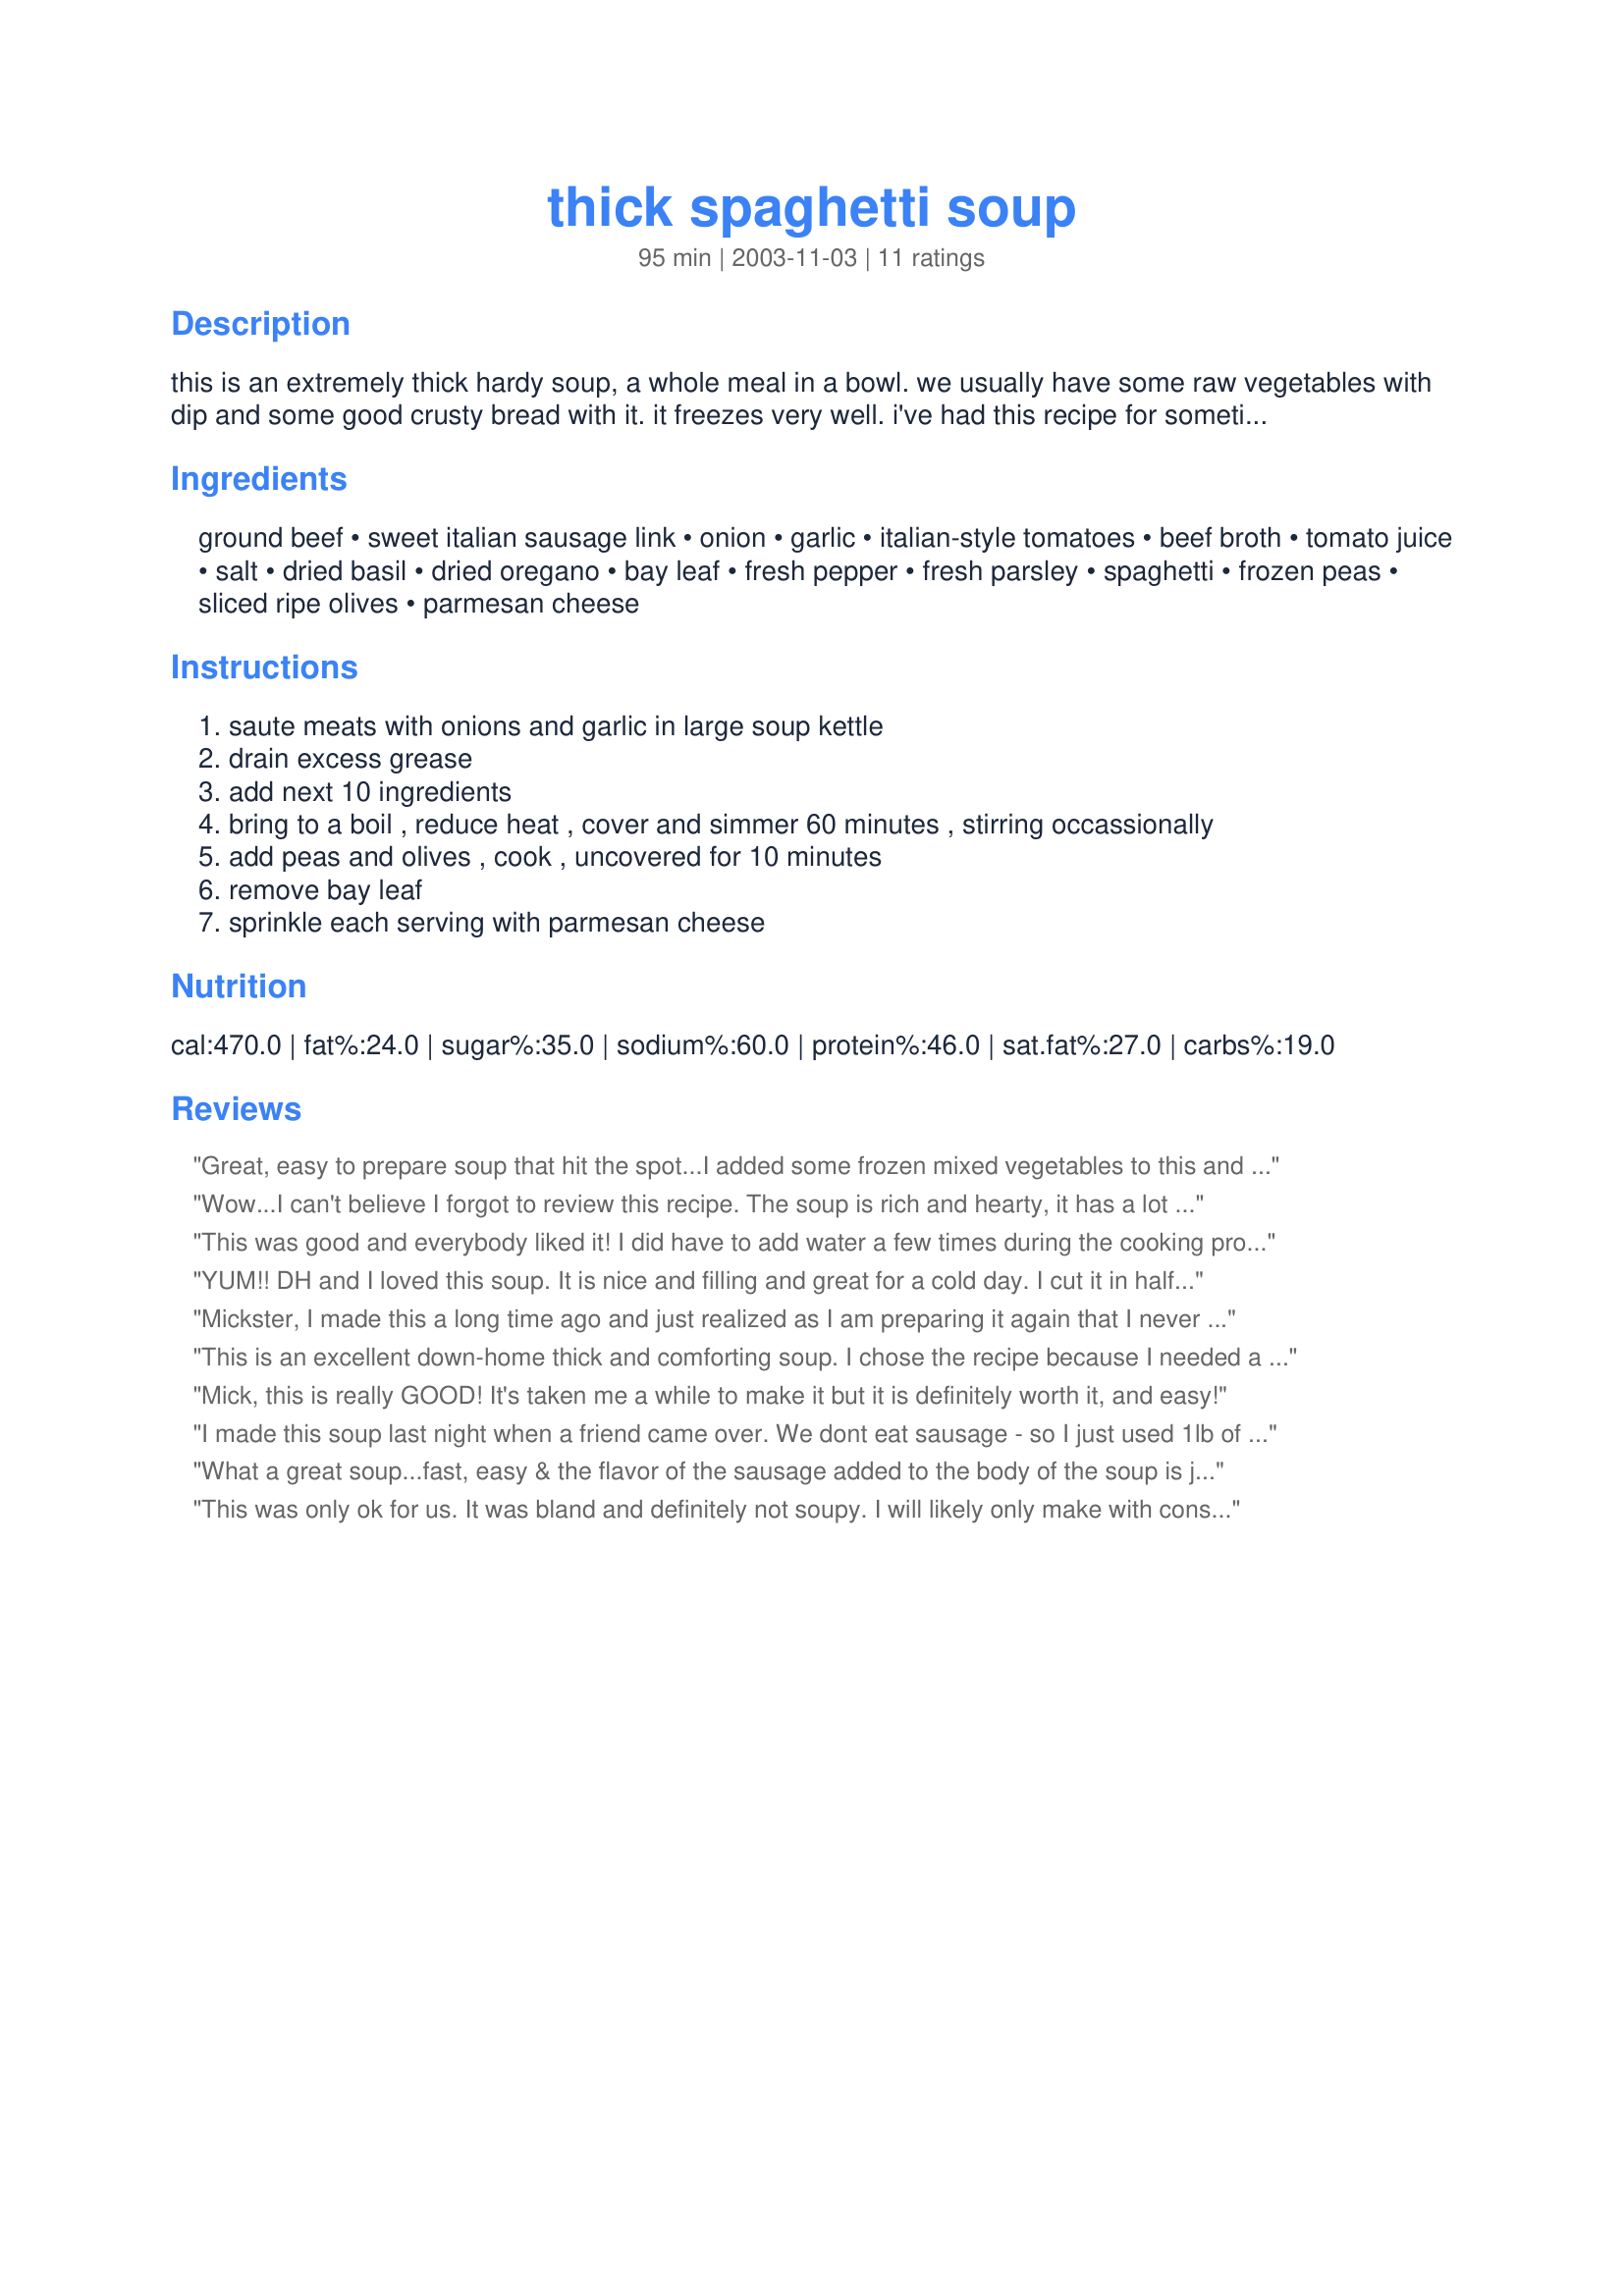
thick spaghetti soup
Preparation time: 95 minutes

this is an extremely thick hardy soup, a whole meal in a bowl. we usually have some raw vegetables with dip and some good crusty bread with it. it freezes very well. i've had this recipe for sometime now. i believe it came from the first year of the taste of home magazine, but i'm not positive.

Ingredients:
ground beef, sweet italian sausage link, onion, garlic, italian-style tomatoes, beef broth, tomato juice, salt, dried basil, dried oregano, bay leaf, fresh pepper, fresh parsley, spaghetti, frozen peas, sliced ripe olives, parmesan cheese

Steps:
saute meats with onions and garlic in large soup kettle
drain excess grease
add next 10 ingredients
bring to a boil , reduce heat , cover and simmer 60 minutes , stirring occassionally
add peas and olives , cook , uncovered for 10 minutes
remove bay leaf
sprinkle each serving with parmesan cheese

Reviews:
Great, easy to prepare soup that hit the spot...I added some frozen mixed vegetables to this and some cheese tortalini pasta instead of the spaghetti noodles...will make again and again I am sure...
Wow...I can't believe I forgot to review this recipe. The soup is rich and hearty, it has a lot of flavor and is very filling. We've made it several times and there's never enough left over to freeze, even though it makes a nice big batch. Thanks for sharing this recipe!
This was good and everybody liked it! I did have to add water a few times during the cooking process because it became too thick. It was kind of like one-pot-spaghetti rather than soup. Thanks for the recipe mickie49!
YUM!! DH and I loved this soup. It is nice and filling and great for a cold day. I cut it in half for the 2 of us, which gave us 3 large servings. I was trying to save the 3rd serving for DHs lunch tomorrow, but he wouldn't wait! He had to go back to eat the rest, he liked it so much. (Adjustments I made: used all ground beef, omitted sausage, peas and olives due to personal preference; added twice as many noodles by accident.) This is definitely going to be a winter regular for us.
Mickster, 
I made this a long time ago and just realized as I am preparing it again that I never reviewed it. Delious, yummy, etc. etc. It's fast and easy, just what I like.

This is an excellent down-home thick and comforting soup. I chose the recipe because I needed a comfort-soup for a friend recovering from surgery. Her husband was dipping into the pot as soon as I walked in the door with it! I made the recipe exactly as posted (except to double it) and I used hot & spicy V-8 juice in place of the tomato juice because that's what I had on hand. Of course, I did a taste-test before giving the soup away. Maybe I shouldn't have as it was almost too good to share.
This is a winter-keeper!
Thanks, Mickie!
Mick, this is really GOOD!
It's taken me a while to make it but it is definitely worth it, and easy!
I made this soup last night when a friend came over. We dont eat sausage - so I just used 1lb of ground beef instead.
The soup was filling and warm on a chilly night - it was nice for a casual dinner - definately not a special meal. 
I would try it again but maybe with a different type of noodle
What a great soup...fast, easy & the flavor of the sausage added to the body of the soup is just wonderful. It's a fantastic one dish meal, pure comfort food.....At it's best.
This was only ok for us. It was bland and definitely not soupy. I will likely only make with considerable alterations.
Outstanding!! 
I like it, my husband likes it, my kids like it, my grandkids like it, the neighbors like it... well you get the picture...=) Got to tell you..if you make this soup,consider a double batch! It freezes well IF you happen to have any leftovers...( and the chances of that are...?)A keeper for sure.
Thanks for posting, Mickie.
